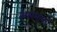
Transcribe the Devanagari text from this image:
असमानॉ